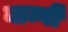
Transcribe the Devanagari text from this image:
नार्न्गी